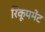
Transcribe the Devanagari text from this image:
रिकूपमेंट